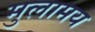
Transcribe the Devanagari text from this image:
मुलामय